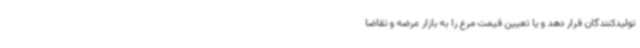
تولیدکنندگان قرار دهد و یا تعیین قیمت مرغ را به بازار عرضه و تقاضا